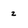
Character: z